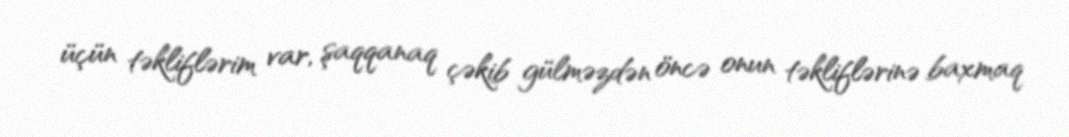
üçün təkliflərim var, şaqqanaq çəkib gülməzdən öncə onun təkliflərinə baxmaq